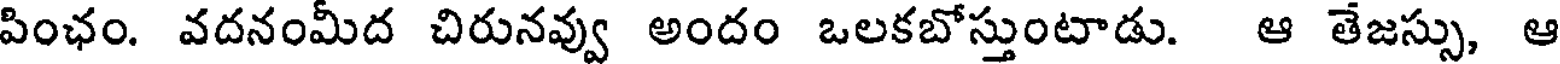
పింఛం. వదనంమీద చిరునవ్వు అందం ఒలకబోస్తుంటాడు. ఆ తేజస్సు, ఆ